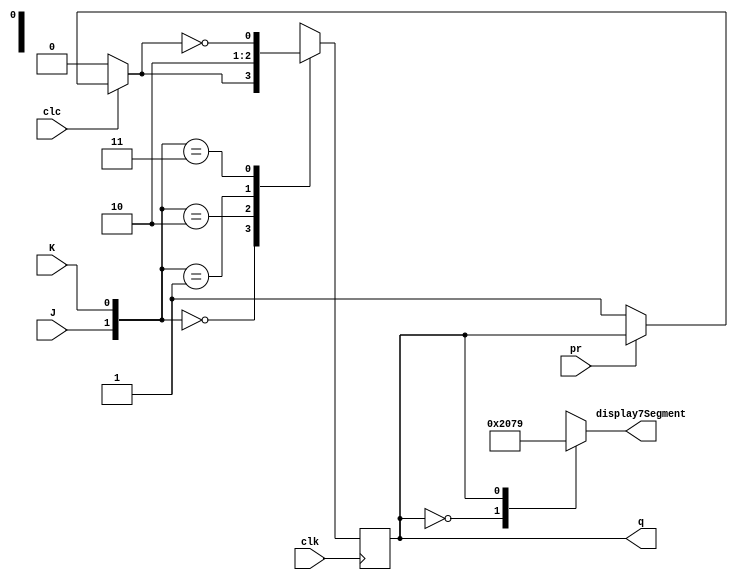
module jk(
	input clk, clc, pr, J, K,
	output reg  q, 
	output reg [6:0]  display7Segment
);


always@(posedge clk)
begin
	if(clc == 0)
		q = 1'b0;
	else if (pr == 0)
		q = 1'b1;
	case({J,K})
		2'b00:
			q <= q;
		2'b10:
			q = 1'b1;
		2'b01:
			q = 1'b0;
		2'b11:
		q <= ~q;
	endcase
end

always@(q)
begin 
	case(q)
	0:
		display7Segment = 7'b1000000;
	1:
		display7Segment = 7'b1111001;
	endcase
end




endmodule